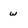
Character: w